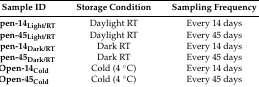
<table><thead><tr><td><b>Sample ID</b></td><td><b>Storage Condition</b></td><td><b>Sampling Frequency</b></td></tr></thead><tbody><tr><td><b>Open-14<sub>Light/RT</sub></b></td><td>Daylight RT</td><td>Every 14 days</td></tr><tr><td><b>Open-45<sub>Light/RT</sub></b></td><td>Daylight RT</td><td>Every 45 days</td></tr><tr><td><b>Open-14<sub>Dark/RT</sub></b></td><td>Dark RT</td><td>Every 14 days</td></tr><tr><td><b>Open-45<sub>Dark/RT</sub></b></td><td>Dark RT</td><td>Every 45 days</td></tr><tr><td><b>Open-14<sub>Cold</sub></b></td><td>Cold (4 °C)</td><td>Every 14 days</td></tr><tr><td><b>Open-45<sub>Cold</sub></b></td><td>Cold (4 °C)</td><td>Every 45 days</td></tr></tbody></table>